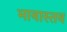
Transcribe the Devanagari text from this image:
भावास्तव